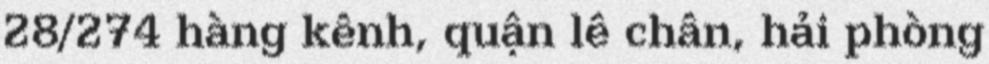
28/274 hàng kênh, quận lê chân, hải phòng